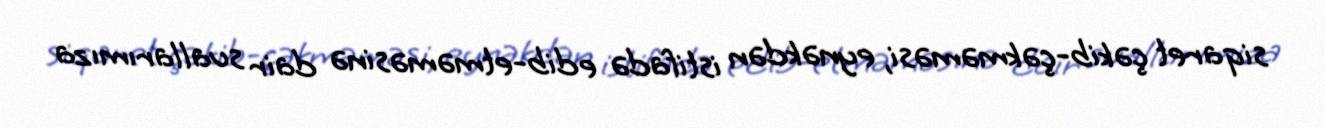
siqaret çəkib-çəkməməsi, eynəkdən istifadə edib-etməməsinə dair suallarımıza